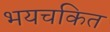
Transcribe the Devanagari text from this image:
भयचकित